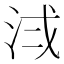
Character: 𪵷